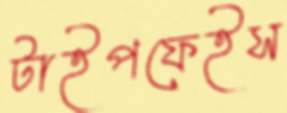
টাইপফেইস